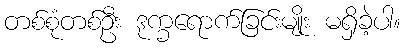
တစ်စုံတစ်ဦး ဒုက္ခရောက်ခြင်းမျိုး မရှိခဲ့ပါ။